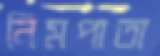
নিমপাতা